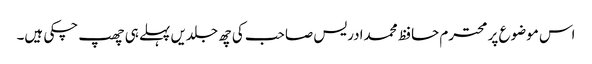
اس موضوع پر محترم حافظ محمدادریس صاحب کی چھ جلدیں پہلے ہی چھپ چکی ہیں۔